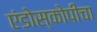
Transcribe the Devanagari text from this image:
एंडोस्कोपीचा